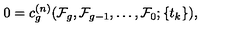
0 = c _ { g } ^ { ( n ) } ( { \cal F } _ { g } , { \cal F } _ { g - 1 } , \ldots , { \cal F } _ { 0 } ; \{ t _ { k } \} ) ,